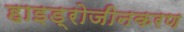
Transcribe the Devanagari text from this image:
हाइड्रोजीनकरण